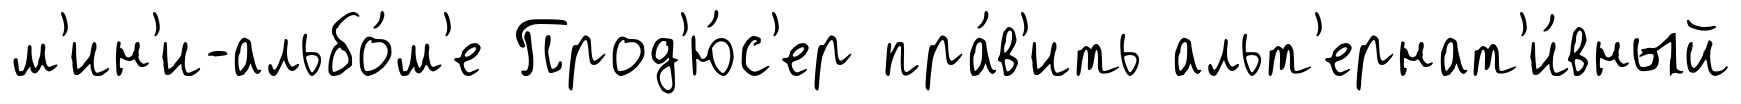
м'ин'и-альбо́м'е Прод'ю́с'ер пра́в'ить альт'ернат'и́вный